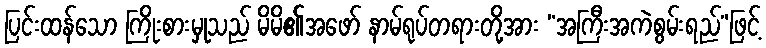
ပြင်းထန်သော ကြိုးစားမှုသည် မိမိ၏အဖော် နာမ်ရုပ်တရားတို့အား “အကြီးအကဲစွမ်းရည်”ဖြင့်